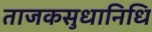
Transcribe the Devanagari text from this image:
ताजकसुधानिधि